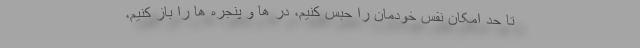
تا حد امکان نفس خودمان را حبس کنیم، در ها و پنجره ها را باز کنیم،